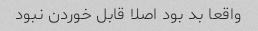
واقعا بد بود اصلا قابل خوردن نبود